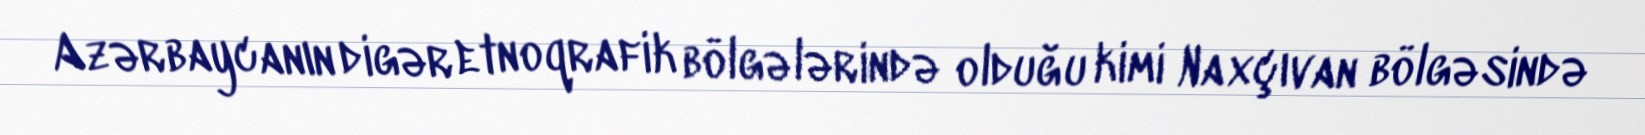
Azərbaycanın digər etnoqrafik bölgələrində olduğu kimi Naxçıvan bölgəsində